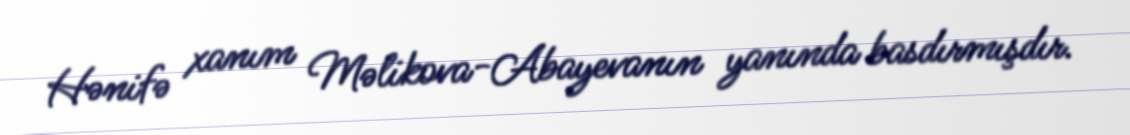
Hənifə xanım Məlikova-Abayevanın yanında basdırmışdır.